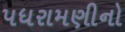
પધરામણીનો